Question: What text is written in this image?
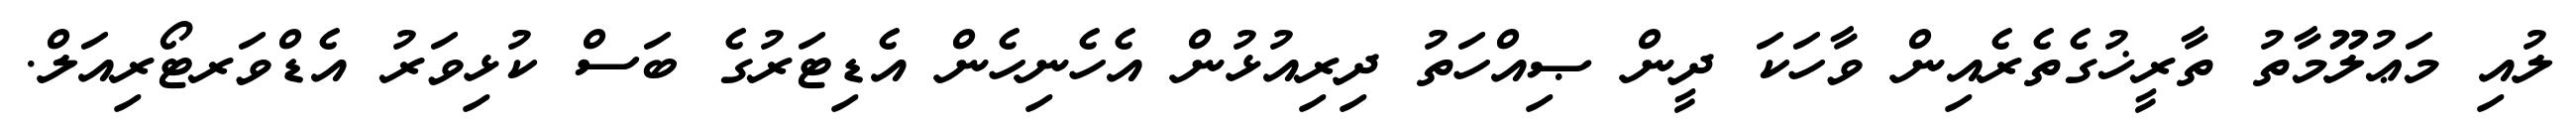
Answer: ލުއި މަޢުލޫމާތު ތާރީޚުގެތެރެއިން ވާހަކަ ދީން ޞިއްހަތު ދިރިއުޅުން އެހެނިހެން އެޑިޓަރުގެ ބަސް ކުޅިވަރު އެޑްވަރޓޯރިއަލް.